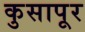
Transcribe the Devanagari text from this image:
कुसापूर